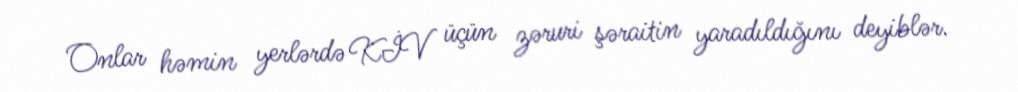
Onlar həmin yerlərdə KİV üçün zəruri şəraitin yaradıldığını deyiblər.